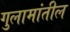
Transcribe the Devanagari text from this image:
गुलामांतील